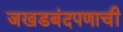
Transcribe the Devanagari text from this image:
जखडबंदपणाची